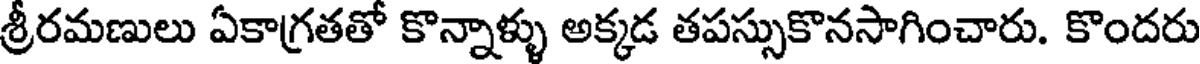
శ్రీరమణులు ఏకాగ్రతతో కొన్నాళ్ళు అక్కడ తపస్సుకొనసాగించారు. కొందరు